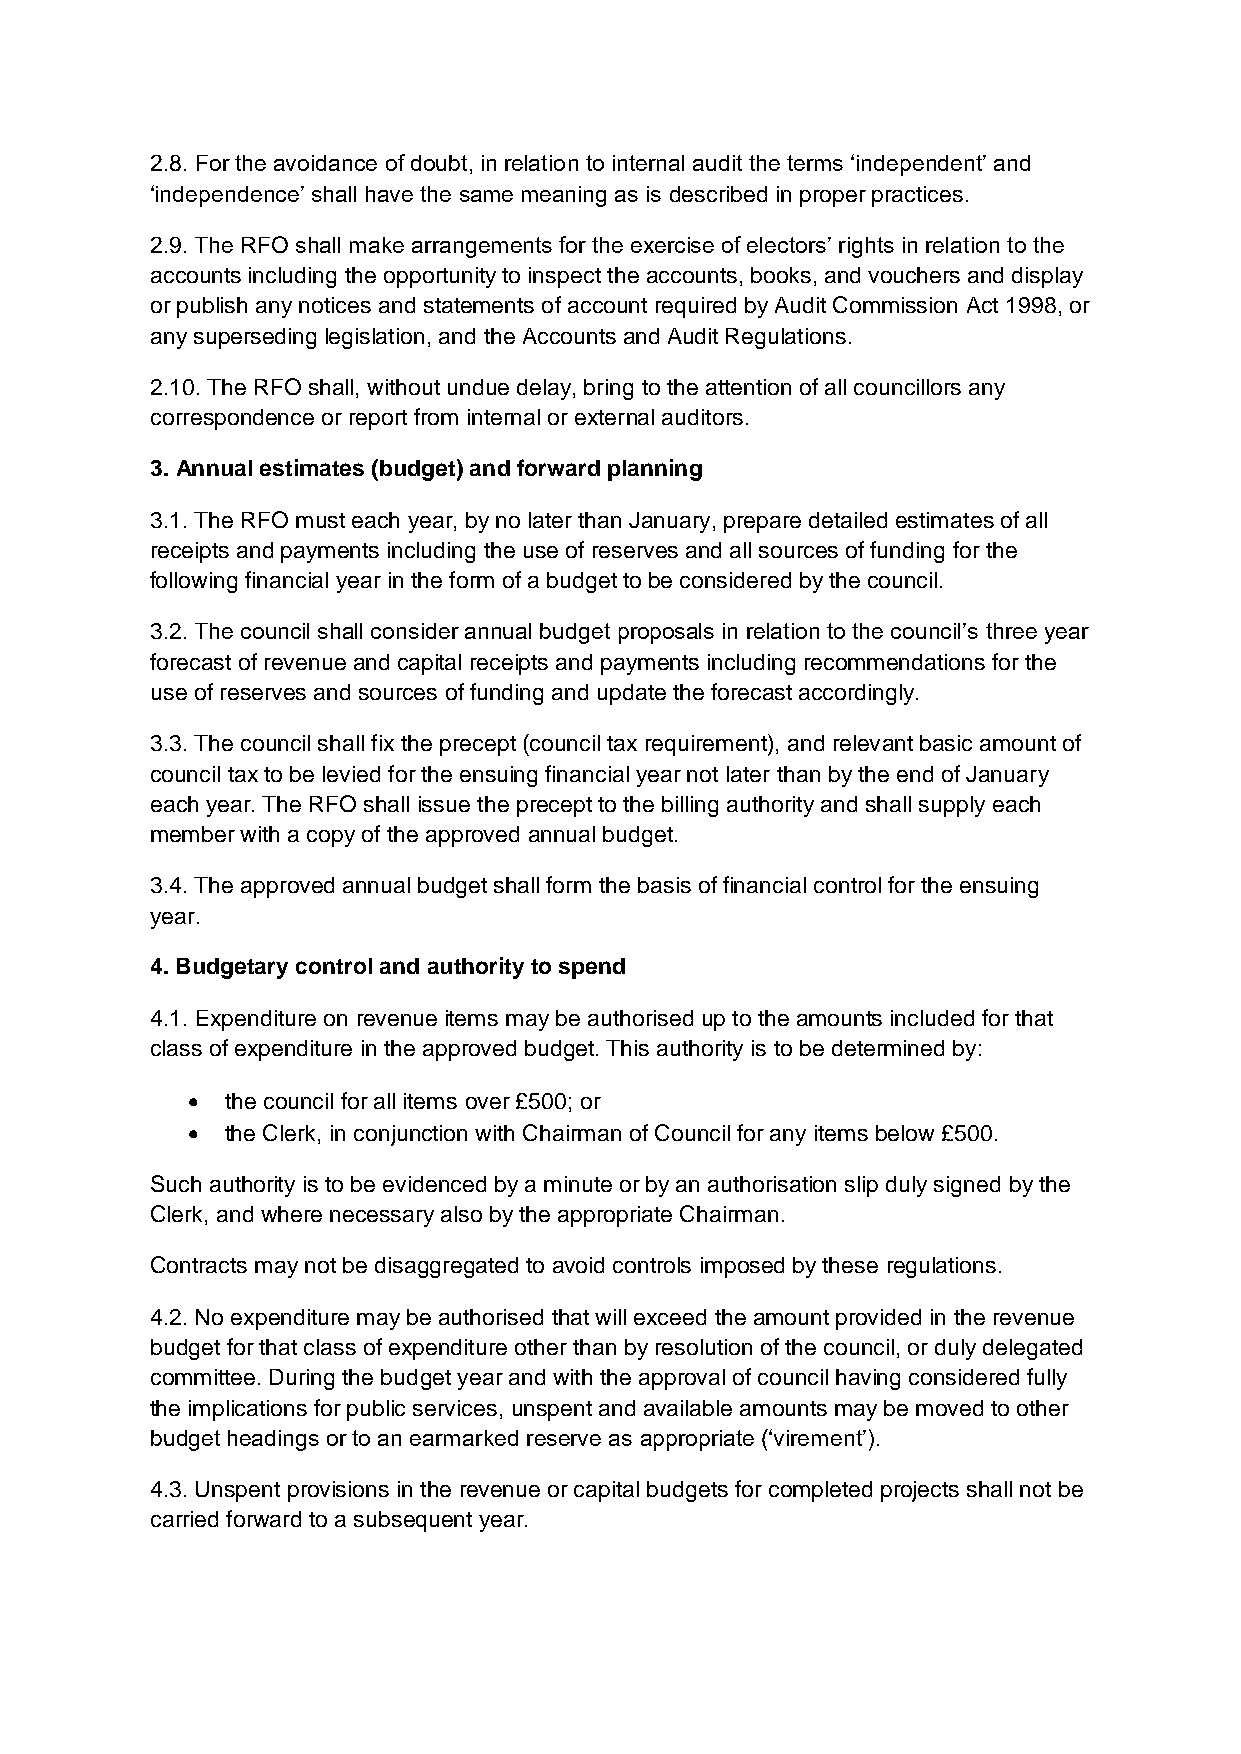
2.8. For the avoidance of doubt, in relation to internal audit the terms ‘independent’ and
 ‘independence’ shall have the same meaning as is described in proper practices.
 2.9. The RFO shall make arrangements for the exercise of electors’ rights in relation to the
 accounts including the opportunity to inspect the accounts, books, and vouchers and display
 or publish any notices and statements of account required by Audit Commission Act 1998, or
 any superseding legislation, and the Accounts and Audit Regulations.
 2.10. The RFO shall, without undue delay, bring to the attention of all councillors any
 correspondence or report from internal or external auditors.
 3. Annual estimates (budget) and forward planning
 3.1. The RFO must each year, by no later than January, prepare detailed estimates of all
 receipts and payments including the use of reserves and all sources of funding for the
 following financial year in the form of a budget to be considered by the council.
 3.2. The council shall consider annual budget proposals in relation to the council’s three year
 forecast of revenue and capital receipts and payments including recommendations for the
 use of reserves and sources of funding and update the forecast accordingly.
 3.3. The council shall fix the precept (council tax requirement), and relevant basic amount of
 council tax to be levied for the ensuing financial year not later than by the end of January
 each year. The RFO shall issue the precept to the billing authority and shall supply each
 member with a copy of the approved annual budget.
 3.4. The approved annual budget shall form the basis of financial control for the ensuing
 year.
 4. Budgetary control and authority to spend
 4.1. Expenditure on revenue items may be authorised up to the amounts included for that
 class of expenditure in the approved budget. This authority is to be determined by:
   the council for all items over £500; or
   the Clerk, in conjunction with Chairman of Council for any items below £500.
 Such authority is to be evidenced by a minute or by an authorisation slip duly signed by the
 Clerk, and where necessary also by the appropriate Chairman.
 Contracts may not be disaggregated to avoid controls imposed by these regulations.
 4.2. No expenditure may be authorised that will exceed the amount provided in the revenue
 budget for that class of expenditure other than by resolution of the council, or duly delegated
 committee. During the budget year and with the approval of council having considered fully
 the implications for public services, unspent and available amounts may be moved to other
 budget headings or to an earmarked reserve as appropriate (‘virement’).
 4.3. Unspent provisions in the revenue or capital budgets for completed projects shall not be
 carried forward to a subsequent year.